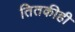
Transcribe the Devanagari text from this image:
तितकीही